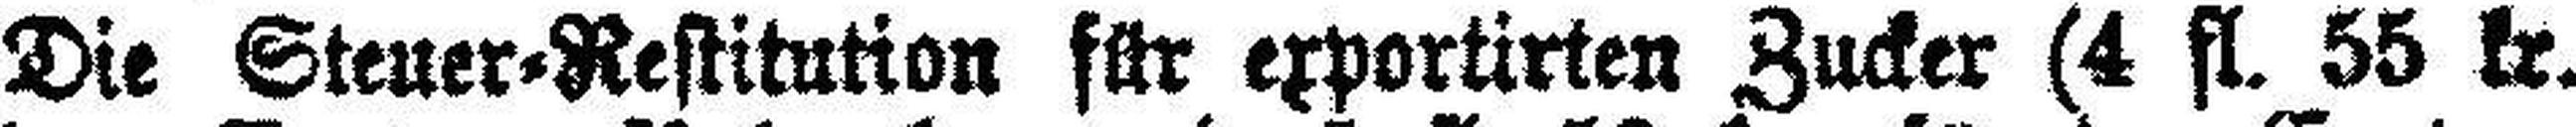
Die Steuer=Restitution für exportirten Zucker (4 fl. 55 kr.